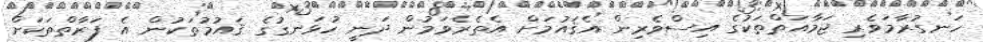
ހަނގުރާމަވެރި ޖަމާއަތްތަކުގެ އިސްވެރިން އެޤައުމަށް އެތެރެވަމުން ދަނީ ހުޅަނގުގެ ޤައުމުތަކުން އެ ފަރާތްތަކަށް